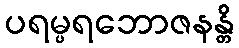
ပရမ္ပရဘောဇနန္တိ